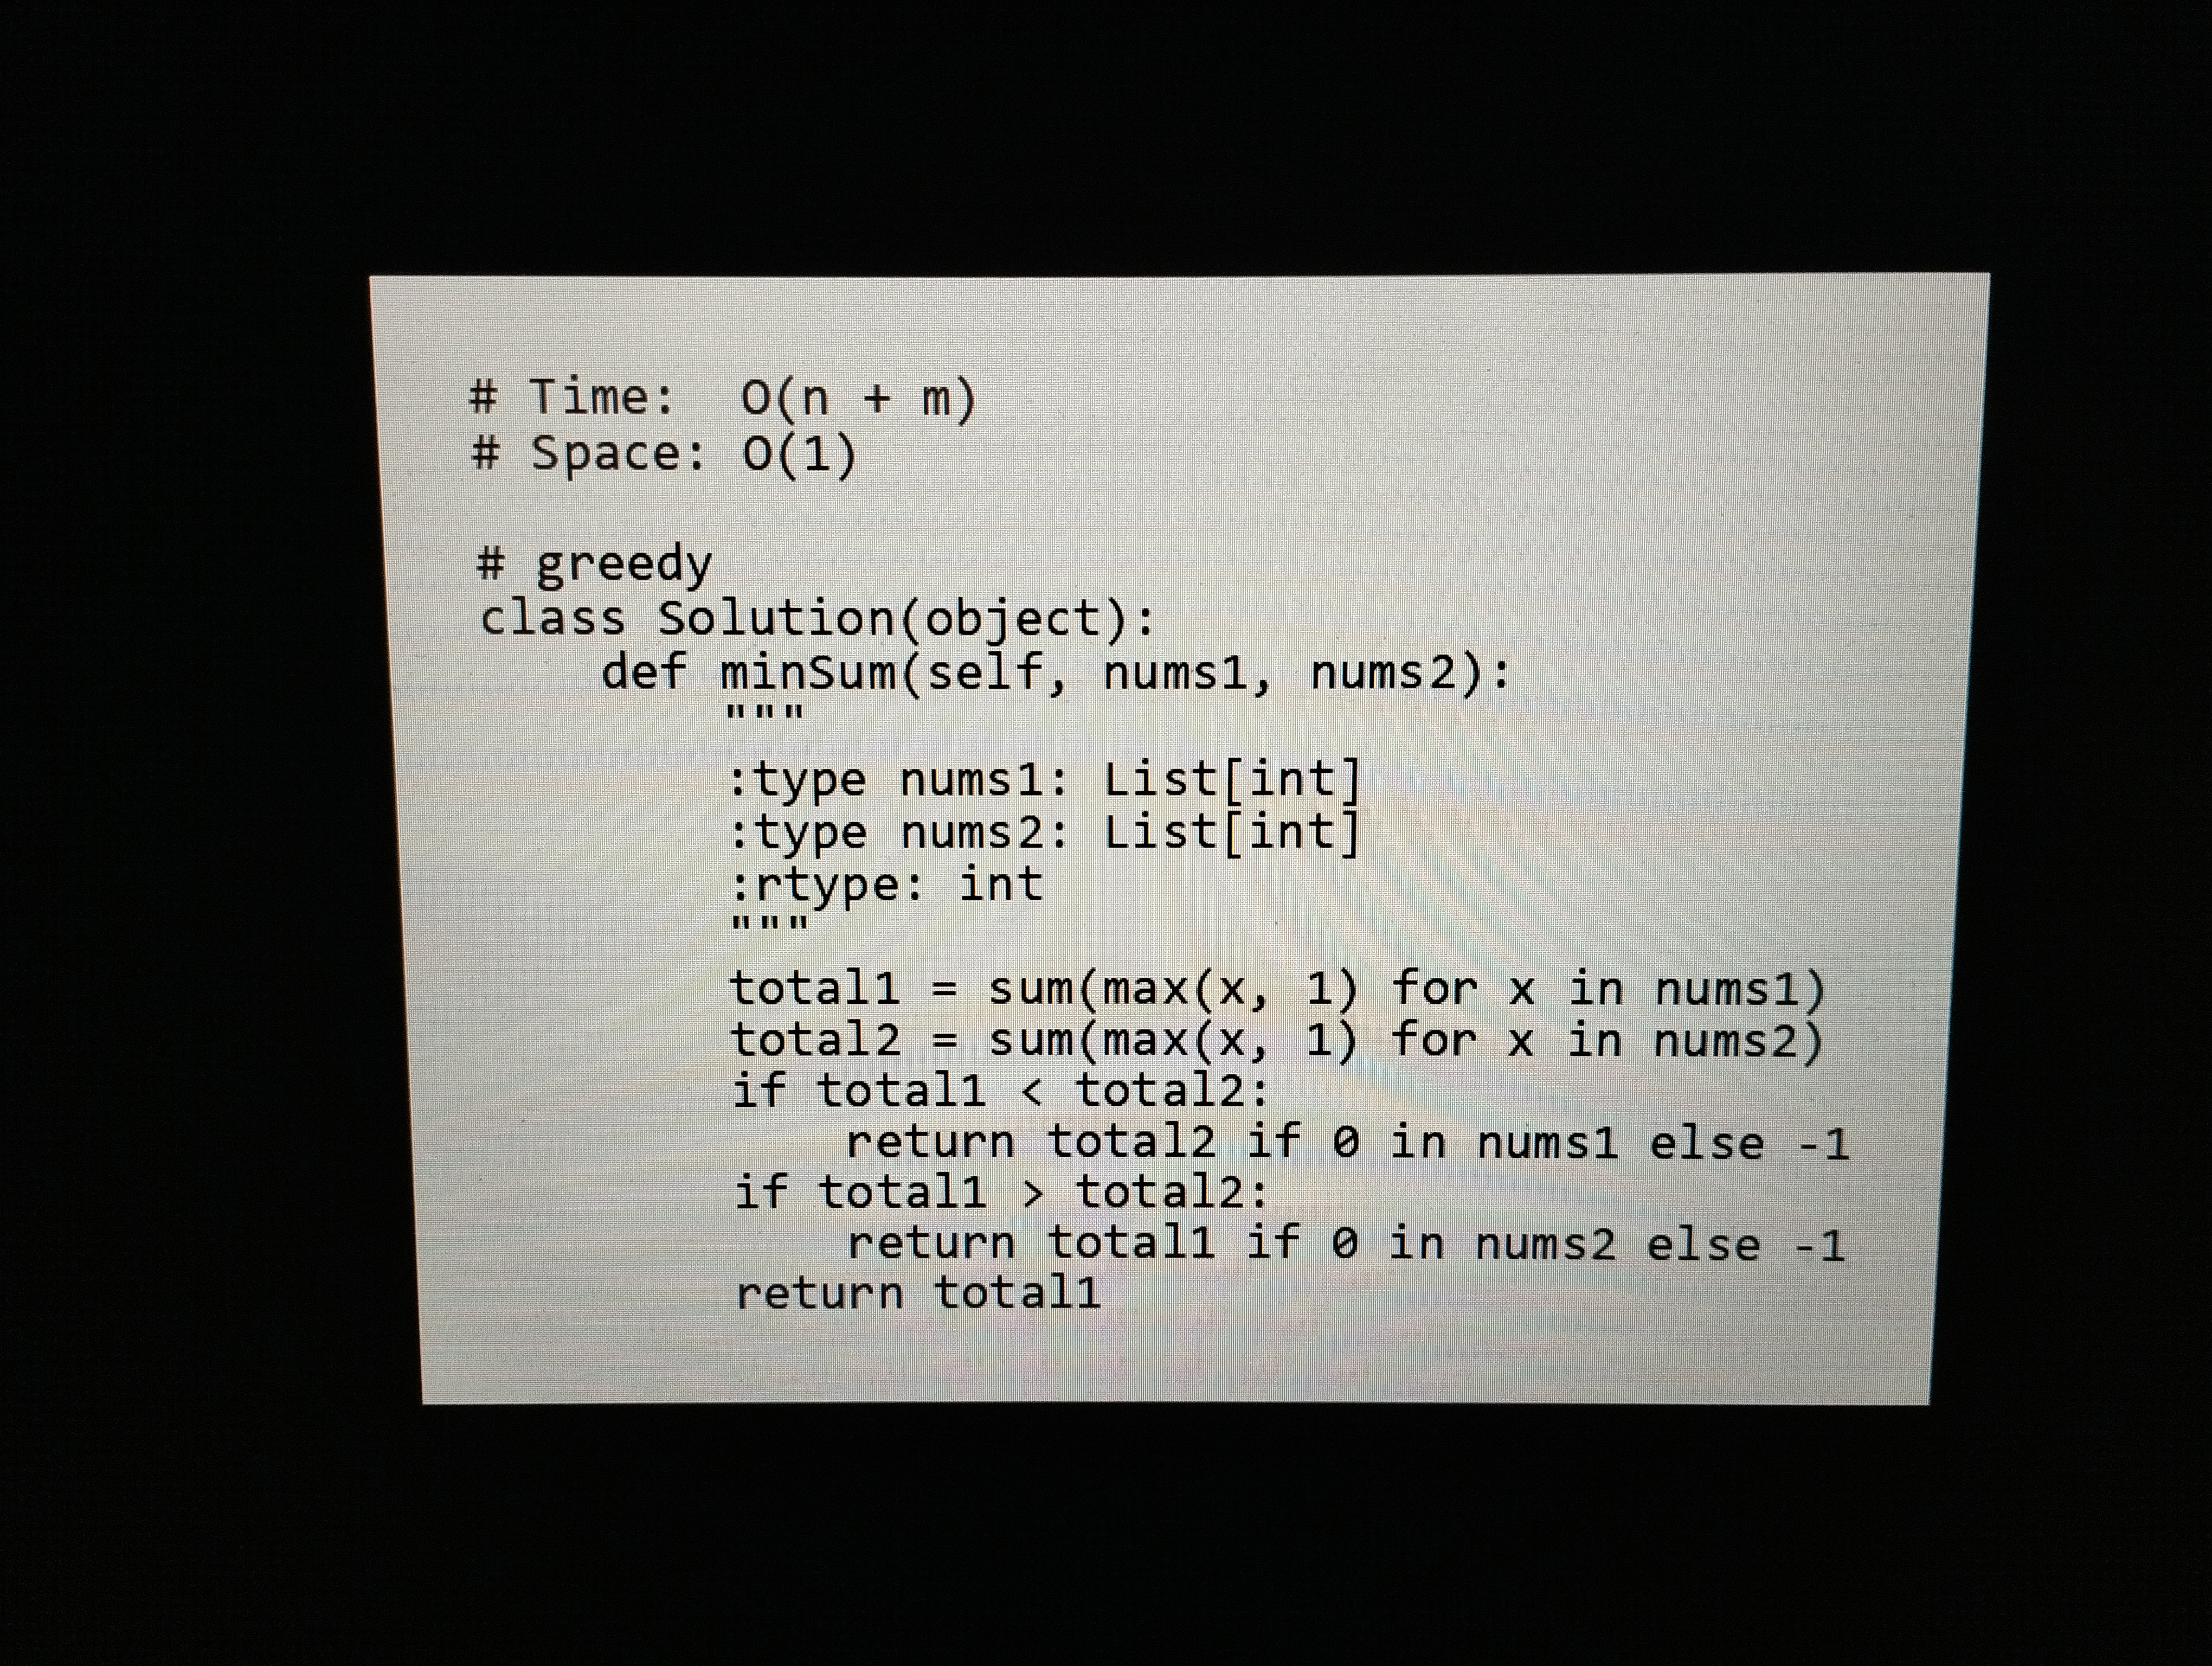
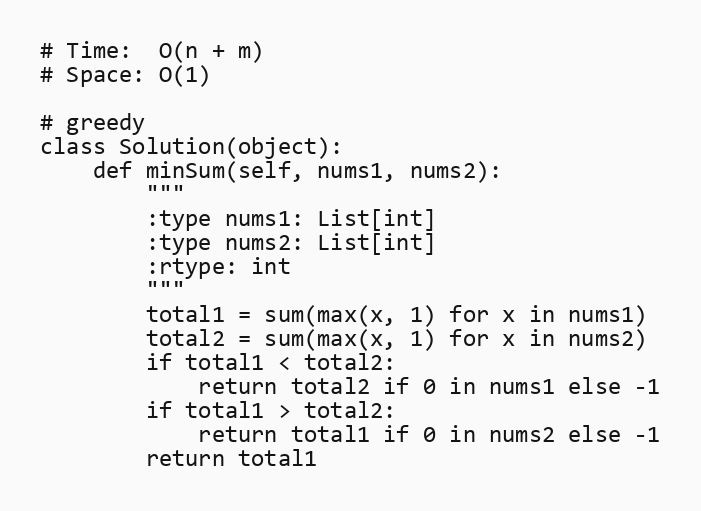
# Time:  O(n + m)
# Space: O(1)

# greedy
class Solution(object):
    def minSum(self, nums1, nums2):
        """
        :type nums1: List[int]
        :type nums2: List[int]
        :rtype: int
        """
        total1 = sum(max(x, 1) for x in nums1)
        total2 = sum(max(x, 1) for x in nums2)
        if total1 < total2:
            return total2 if 0 in nums1 else -1
        if total1 > total2:
            return total1 if 0 in nums2 else -1
        return total1